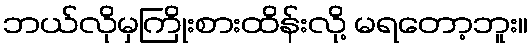
ဘယ်လိုမှကြိုးစားထိန်းလို့ မရတော့ဘူး။